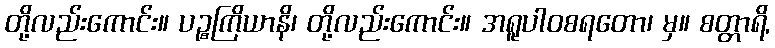
တို့လည်းကောင်း။ ပဉ္စကြိယာနိ၊ တို့လည်းကောင်း။ အရူပါဝစရတော၊ မှ။ စတ္တာရိ,